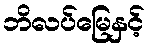
ဘိလပ်မြေနှင့်